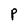
Character: P